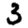
Digit: 3